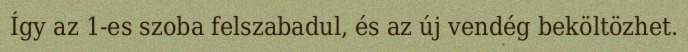
Így az 1-es szoba felszabadul, és az új vendég beköltözhet.